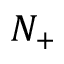
N _ { + }